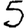
Digit: 5